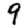
Digit: 9